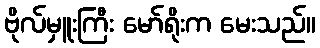
ဗိုလ်မှူးကြီး မော်ရိုးက မေးသည်။